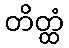
တိတ္ထံ